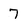
Character: 7